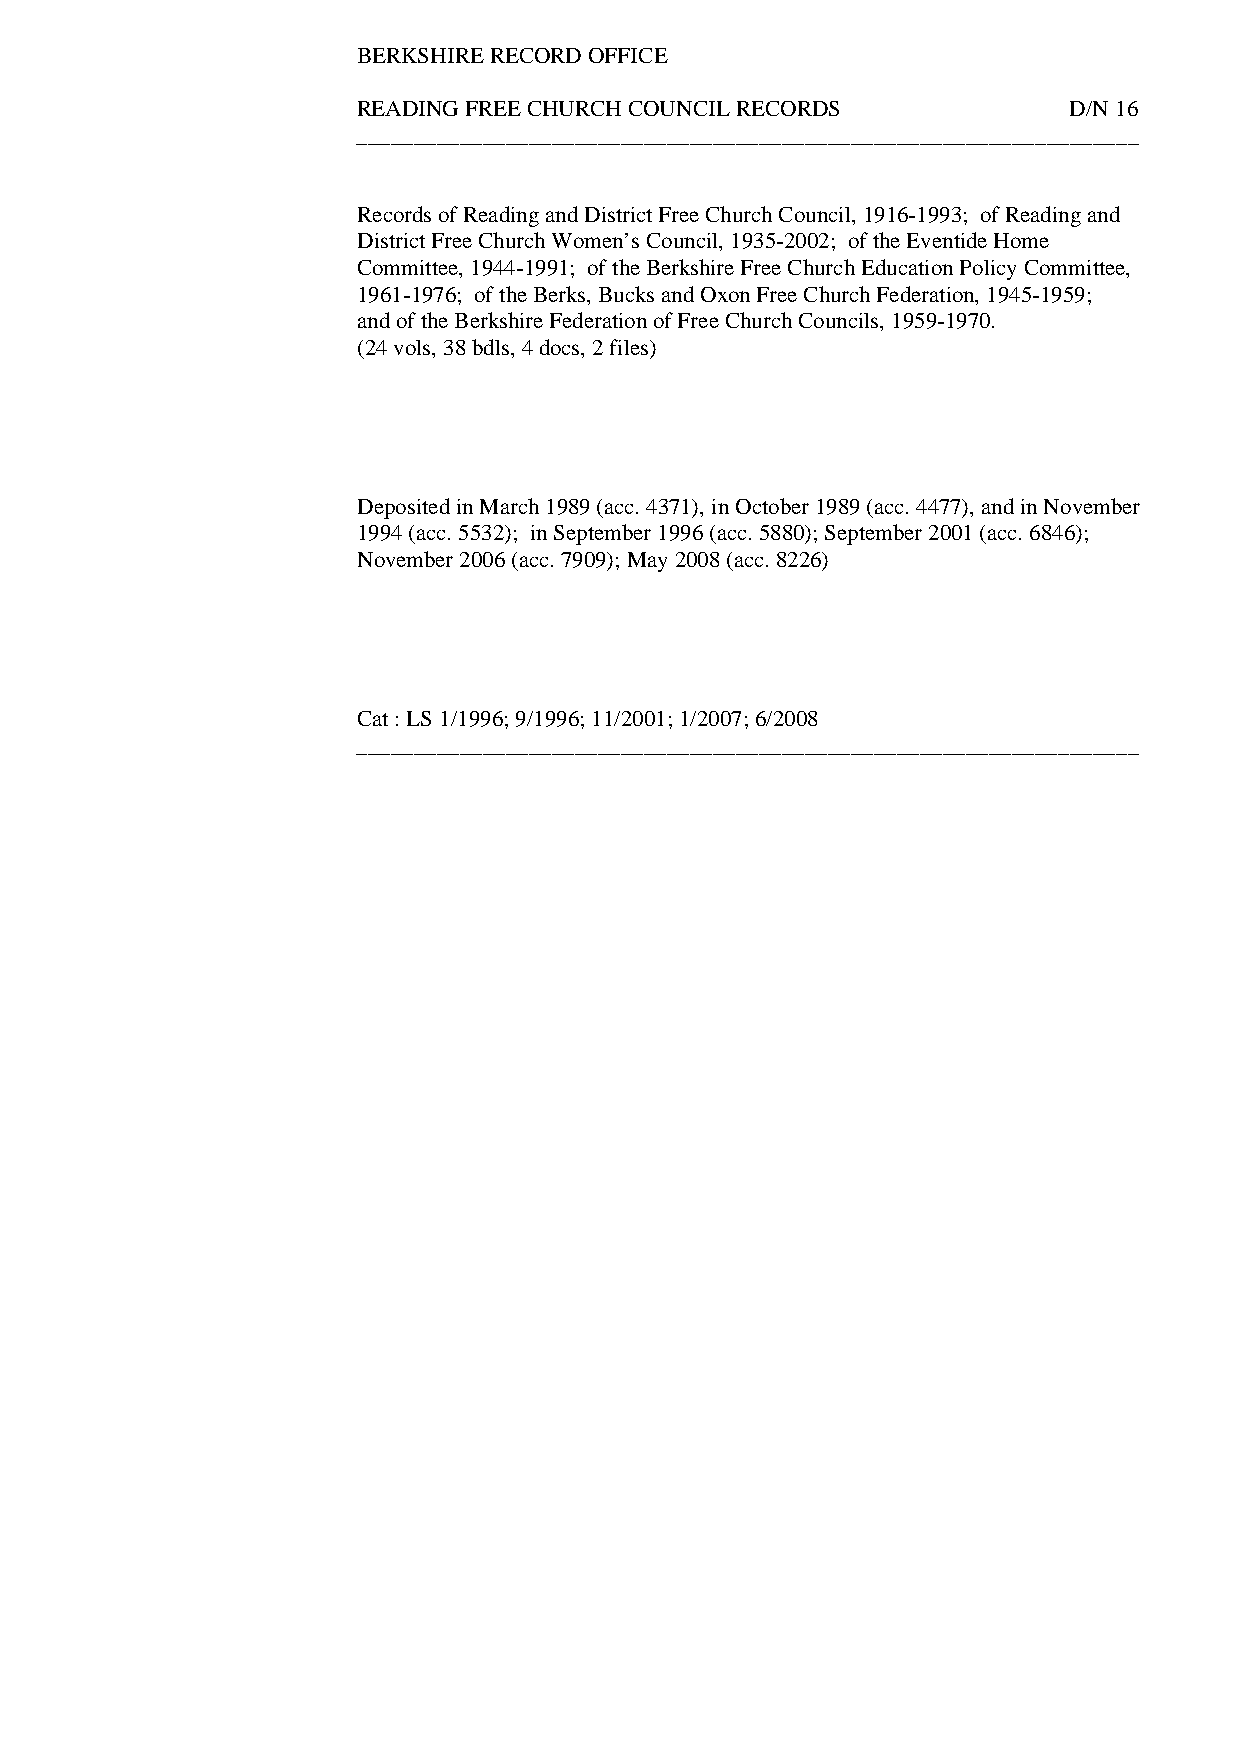
BERKSHIRE RECORD OFFICE
 READING FREE CHURCH COUNCIL RECORDS            D/N 16
 ____________________________________________________________________
 Records of Reading and District Free Church Council, 1916-1993; of Reading and
 District Free Church Women’s Council, 1935-2002; of the Eventide Home
 Committee, 1944-1991; of the Berkshire Free Church Education Policy Committee,
 1961-1976; of the Berks, Bucks and Oxon Free Church Federation, 1945-1959;
 and of the Berkshire Federation of Free Church Councils, 1959-1970.
 (24 vols, 38 bdls, 4 docs, 2 files)
 Deposited in March 1989 (acc. 4371), in October 1989 (acc. 4477), and in November
 1994 (acc. 5532); in September 1996 (acc. 5880); September 2001 (acc. 6846);
 November 2006 (acc. 7909); May 2008 (acc. 8226)
 Cat : LS 1/1996; 9/1996; 11/2001; 1/2007; 6/2008
 ____________________________________________________________________